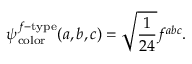
\psi _ { \mathrm { c o l o r } } ^ { f - \mathrm { t y p e } } ( a , b , c ) = \sqrt { \frac { 1 } { 2 4 } } f ^ { a b c } .